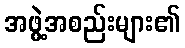
အဖွဲ့အစည်းများ၏